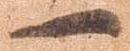
一